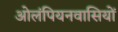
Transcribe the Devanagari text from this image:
ओलंपियनवासियों